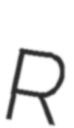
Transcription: R